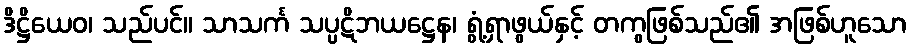
ဒိဋ္ဌိယေဝ၊ သည်ပင်။ သာသင်္က သပ္ပဋိဘယဋ္ဌေန၊ ရွံ့ရှာဖွယ်နှင့် တကွဖြစ်သည်၏ အဖြစ်ဟူသော